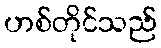
ဟစ်တိုင်သည်